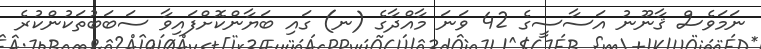
ނަމަވެސް ޤާނޫނު އަސާސީގެ 42 ވަނަ މާއްދާގެ (ނ) ގައި ބަޔާންކޮށްފައިވާ ސަބަބުތަކުންކުރެ